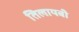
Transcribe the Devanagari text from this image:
तिलायबी